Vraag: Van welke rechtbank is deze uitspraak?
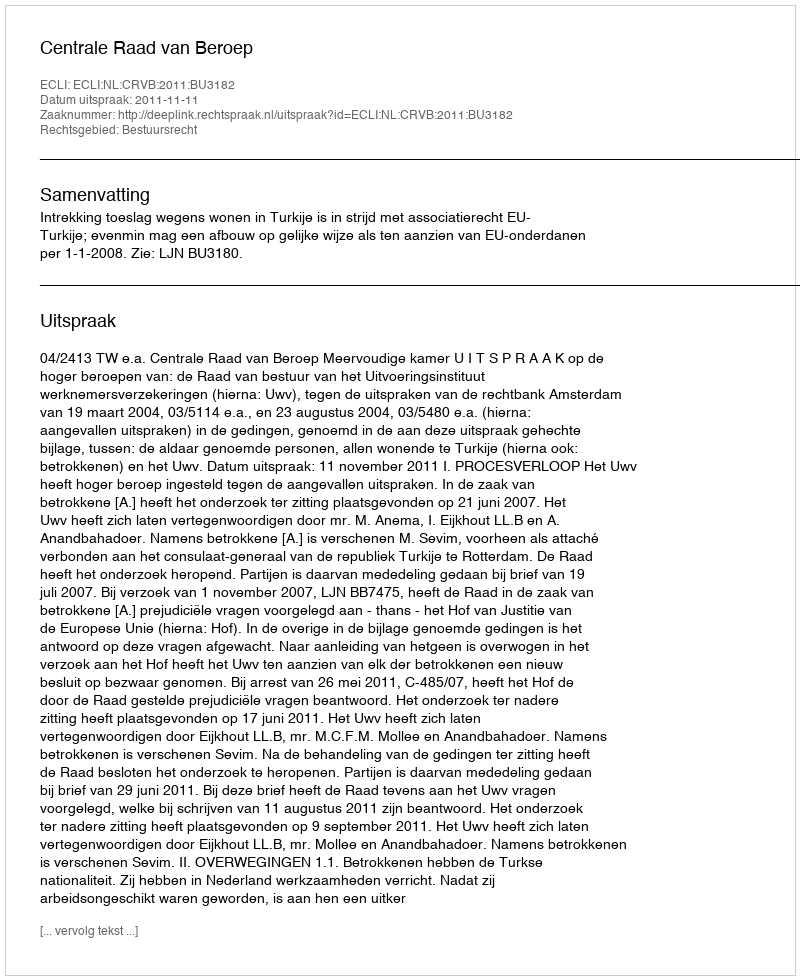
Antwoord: Centrale Raad van Beroep